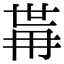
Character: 𭁯